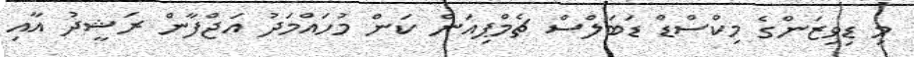
މި ޑިވިޒަންގެ މިކްސްޑް ޑަބަލްސް ޗެމްޕިއަން ކަން މުހައްމަދު އަޖްފާން ރަޝީދު އާއި